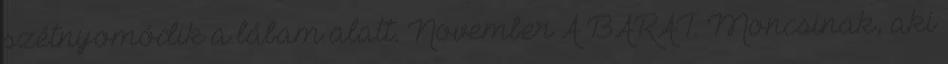
szétnyomódik a lábam alatt. November A BARÁT. Moncsinak, aki